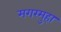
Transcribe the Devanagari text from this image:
मगरमुहा